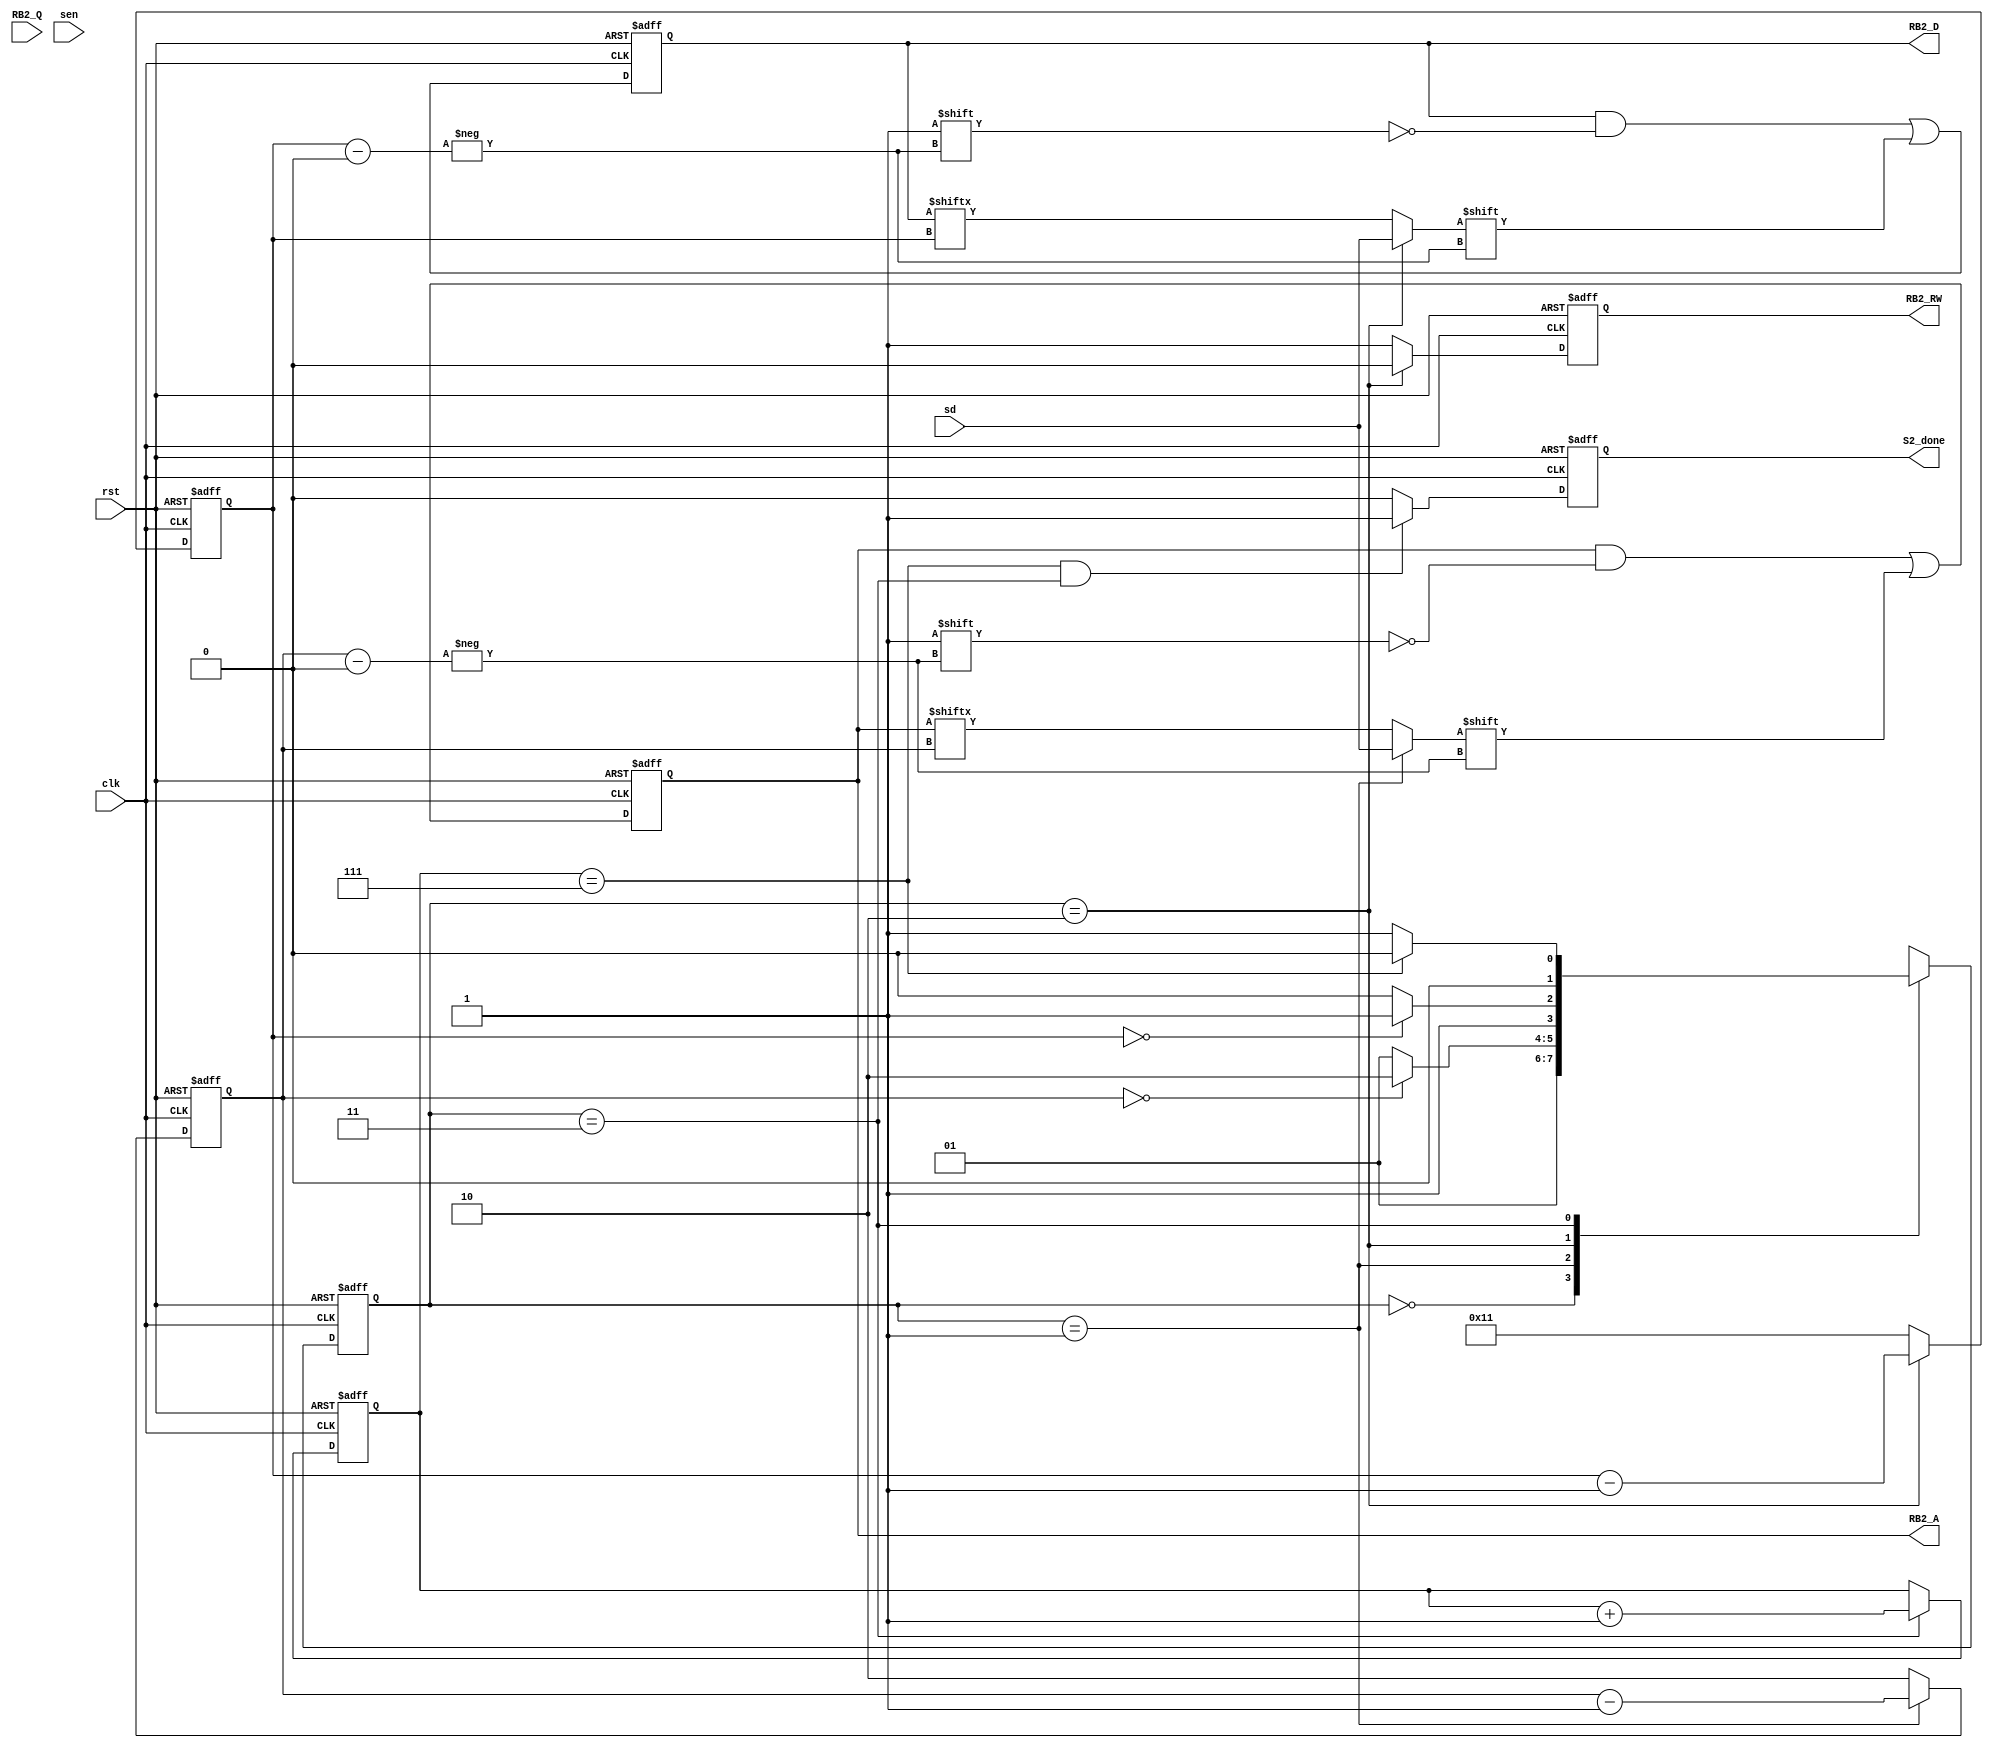
module S2(clk, rst, S2_done, RB2_RW, RB2_A, RB2_D, RB2_Q, sen, sd);

    input clk, rst;
    output reg S2_done; 
    output reg RB2_RW;
    output reg [2:0] RB2_A;
    output reg [17:0] RB2_D;
    input [17:0] RB2_Q;
    input sen, sd;

    reg [1:0] currentState, nextState;
    reg [1:0] counterBitAddress;
    reg [4:0] counterData;
    reg [2:0] counterPacket;

    parameter IDLE          = 2'd0;
    parameter RB2_RDWR      = 2'd1;
    parameter INPUT_DATA    = 2'd2;
    parameter FINISH        = 2'd3;

    /*
    FSM
    */
    always @(posedge clk or posedge rst) begin
        if(rst)                             currentState <= IDLE;
        else                                currentState <= nextState;
    end
    always @(*) begin
        case(currentState)
            IDLE :                          nextState = RB2_RDWR;
            RB2_RDWR : begin
                if(counterBitAddress == 0)  nextState = INPUT_DATA;
                else                        nextState = RB2_RDWR;
            end
            INPUT_DATA : begin
                if(counterData == 0)        nextState = FINISH;
                else                        nextState = INPUT_DATA;
            end
            FINISH : begin
                if(counterPacket == 3'd7)   nextState = IDLE;
                else                        nextState = RB2_RDWR;
            end
        endcase
    end
    
    /*
    RB2 Read & Write signal
    RW = low -> Write
    */
    always @(posedge clk or posedge rst) begin
        if(rst)                             RB2_RW <= 1;
        else if(currentState == INPUT_DATA) RB2_RW <= 0;    //write
        else                                RB2_RW <= 1;
    end
    /*
    RB2 Address
    */
    always @(posedge clk or posedge rst) begin
        if(rst)                             RB2_A <= 0;
        else begin
                                            RB2_A[counterBitAddress] <= (currentState == RB2_RDWR) ? sd : RB2_A[counterBitAddress];
        end
    end
    /*
    Address Bit counter (3 -> 0)
    */
    always @(posedge clk or posedge rst) begin
        if(rst)                             counterBitAddress <= 2'd2;
        else begin
                                            counterBitAddress <= (currentState == RB2_RDWR) ? counterBitAddress - 1 : 2'd2;
        end
    end
    
    
    /*
    RB2_D
    */
    always @(posedge clk or posedge rst) begin
        if(rst)                             RB2_D <= 0;
        else                                RB2_D[counterData] <= (currentState == INPUT_DATA) ? sd : RB2_D[counterData];
    end
    /*
    Data Bit counter (17 -> 0)
    */
    always @(posedge clk or posedge rst) begin
        if(rst)                             counterData <= 5'd17;
        else begin
                                            counterData <= (currentState == INPUT_DATA) ? counterData - 1 : 5'd17;
        end
    end
    
    
    /*
    Packet counter
    */
    always @(posedge clk or posedge rst) begin
        if(rst)                             counterPacket <= 0;
        else begin
                                            counterPacket <= (currentState == FINISH) ? counterPacket + 1 : counterPacket;
        end
    end
    /*
    S2_done
    */
    always @(posedge clk or posedge rst) begin
        if(rst)                             S2_done <= 0;
        else                                S2_done <= (counterPacket == 3'd7 && currentState == FINISH) ? 1 : 0;
    end
    
endmodule